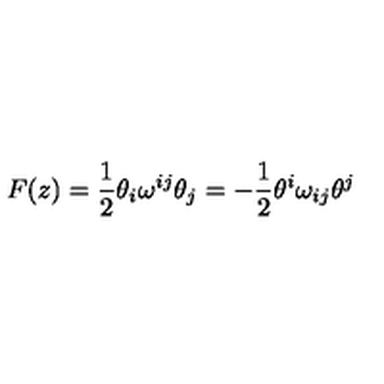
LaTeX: F ( z ) = \frac 1 2 \theta _ { i } \omega ^ { i j } \theta _ { j } = - \frac 1 2 \theta ^ { i } \omega _ { i j } \theta ^ { j }